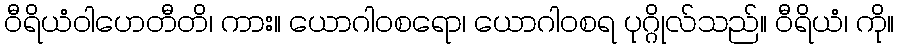
ဝီရိယံဝါဟေတီတိ၊ ကား။ ယောဂါဝစရော၊ ယောဂါဝစရ ပုဂ္ဂိုလ်သည်။ ဝီရိယံ၊ ကို။